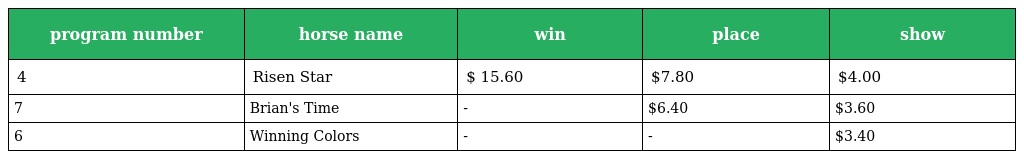
| program number | horse name | win | place | show |
 | --- | --- | --- | --- | --- |
 | 4 | Risen Star | $ 15.60 | $7.80 | $4.00 |
 | 7 | Brian's Time | - | $6.40 | $3.60 |
 | 6 | Winning Colors | - | - | $3.40 |